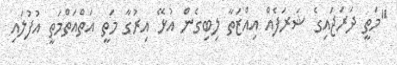
"މަތީ ދަރަޖައިގެ ޝަރަފެއް އިއްޒަތާ ލިބިގެން އުޅޭ އިރުގާ މަތީ އަތްއަތްމަތީ އުފުލައި